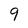
Character: 9